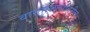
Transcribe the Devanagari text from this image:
वास्तुशिल्पावरील